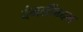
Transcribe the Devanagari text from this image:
दंगलींबद्दल